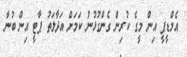
އެމްޑީޕީ އިން މީގެ ކުރިން ގެންގުޅުނު ކަމަށް އަދާލަތު ޕާޓީ އިން ބުނާ